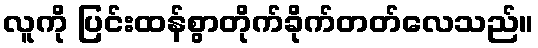
လူကို ပြင်းထန်စွာတိုက်ခိုက်တတ်လေသည်။